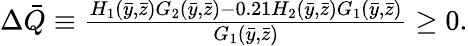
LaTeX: \begin{array}{r}{\Delta\bar{Q}\equiv\frac{H_{1}(\bar{y},\bar{z})G_{2}(\bar{y},\bar{z})-0.21H_{2}(\bar{y},\bar{z})G_{1}(\bar{y},\bar{z})}{G_{1}(\bar{y},\bar{z})}\geq 0.}\end{array}